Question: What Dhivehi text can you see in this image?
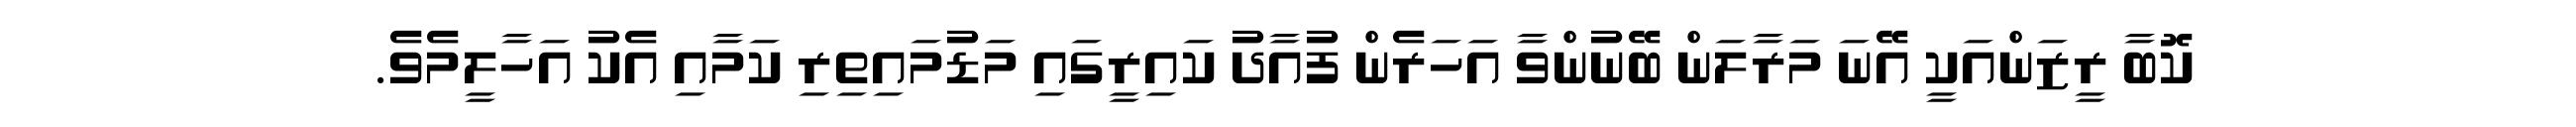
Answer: ކޮބާ ރީޒަންއަކީ އޭނަ މަރާލަން ބޭނުންވާ އަހަރެން ފުއާދު ކައިރީގައި މަޑުމައިތިރި ކަމާއި އެކު އަހާލީމެވެ.